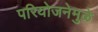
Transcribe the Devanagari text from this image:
परियोजनेमुळे